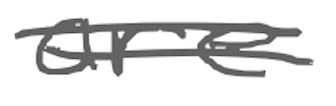
Text: are
Cross-out: double-line
Writing tool: digital_gray